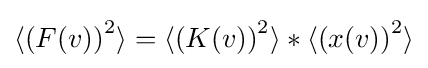
\langle \left(F(v)\right)^{2}\rangle =\langle \left(K(v)\right)^{2}\rangle *\langle \left(x(v)\right)^{2}\rangle